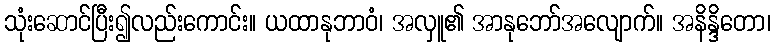
သုံးဆောင်ပြီး၍လည်းကောင်း။ ယထာနုဘာဝံ၊ အလှူ၏ အာနုဘော်အလျောက်။ အနိန္ဒိတော၊